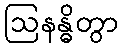
ဩနန္ဓိတွာ